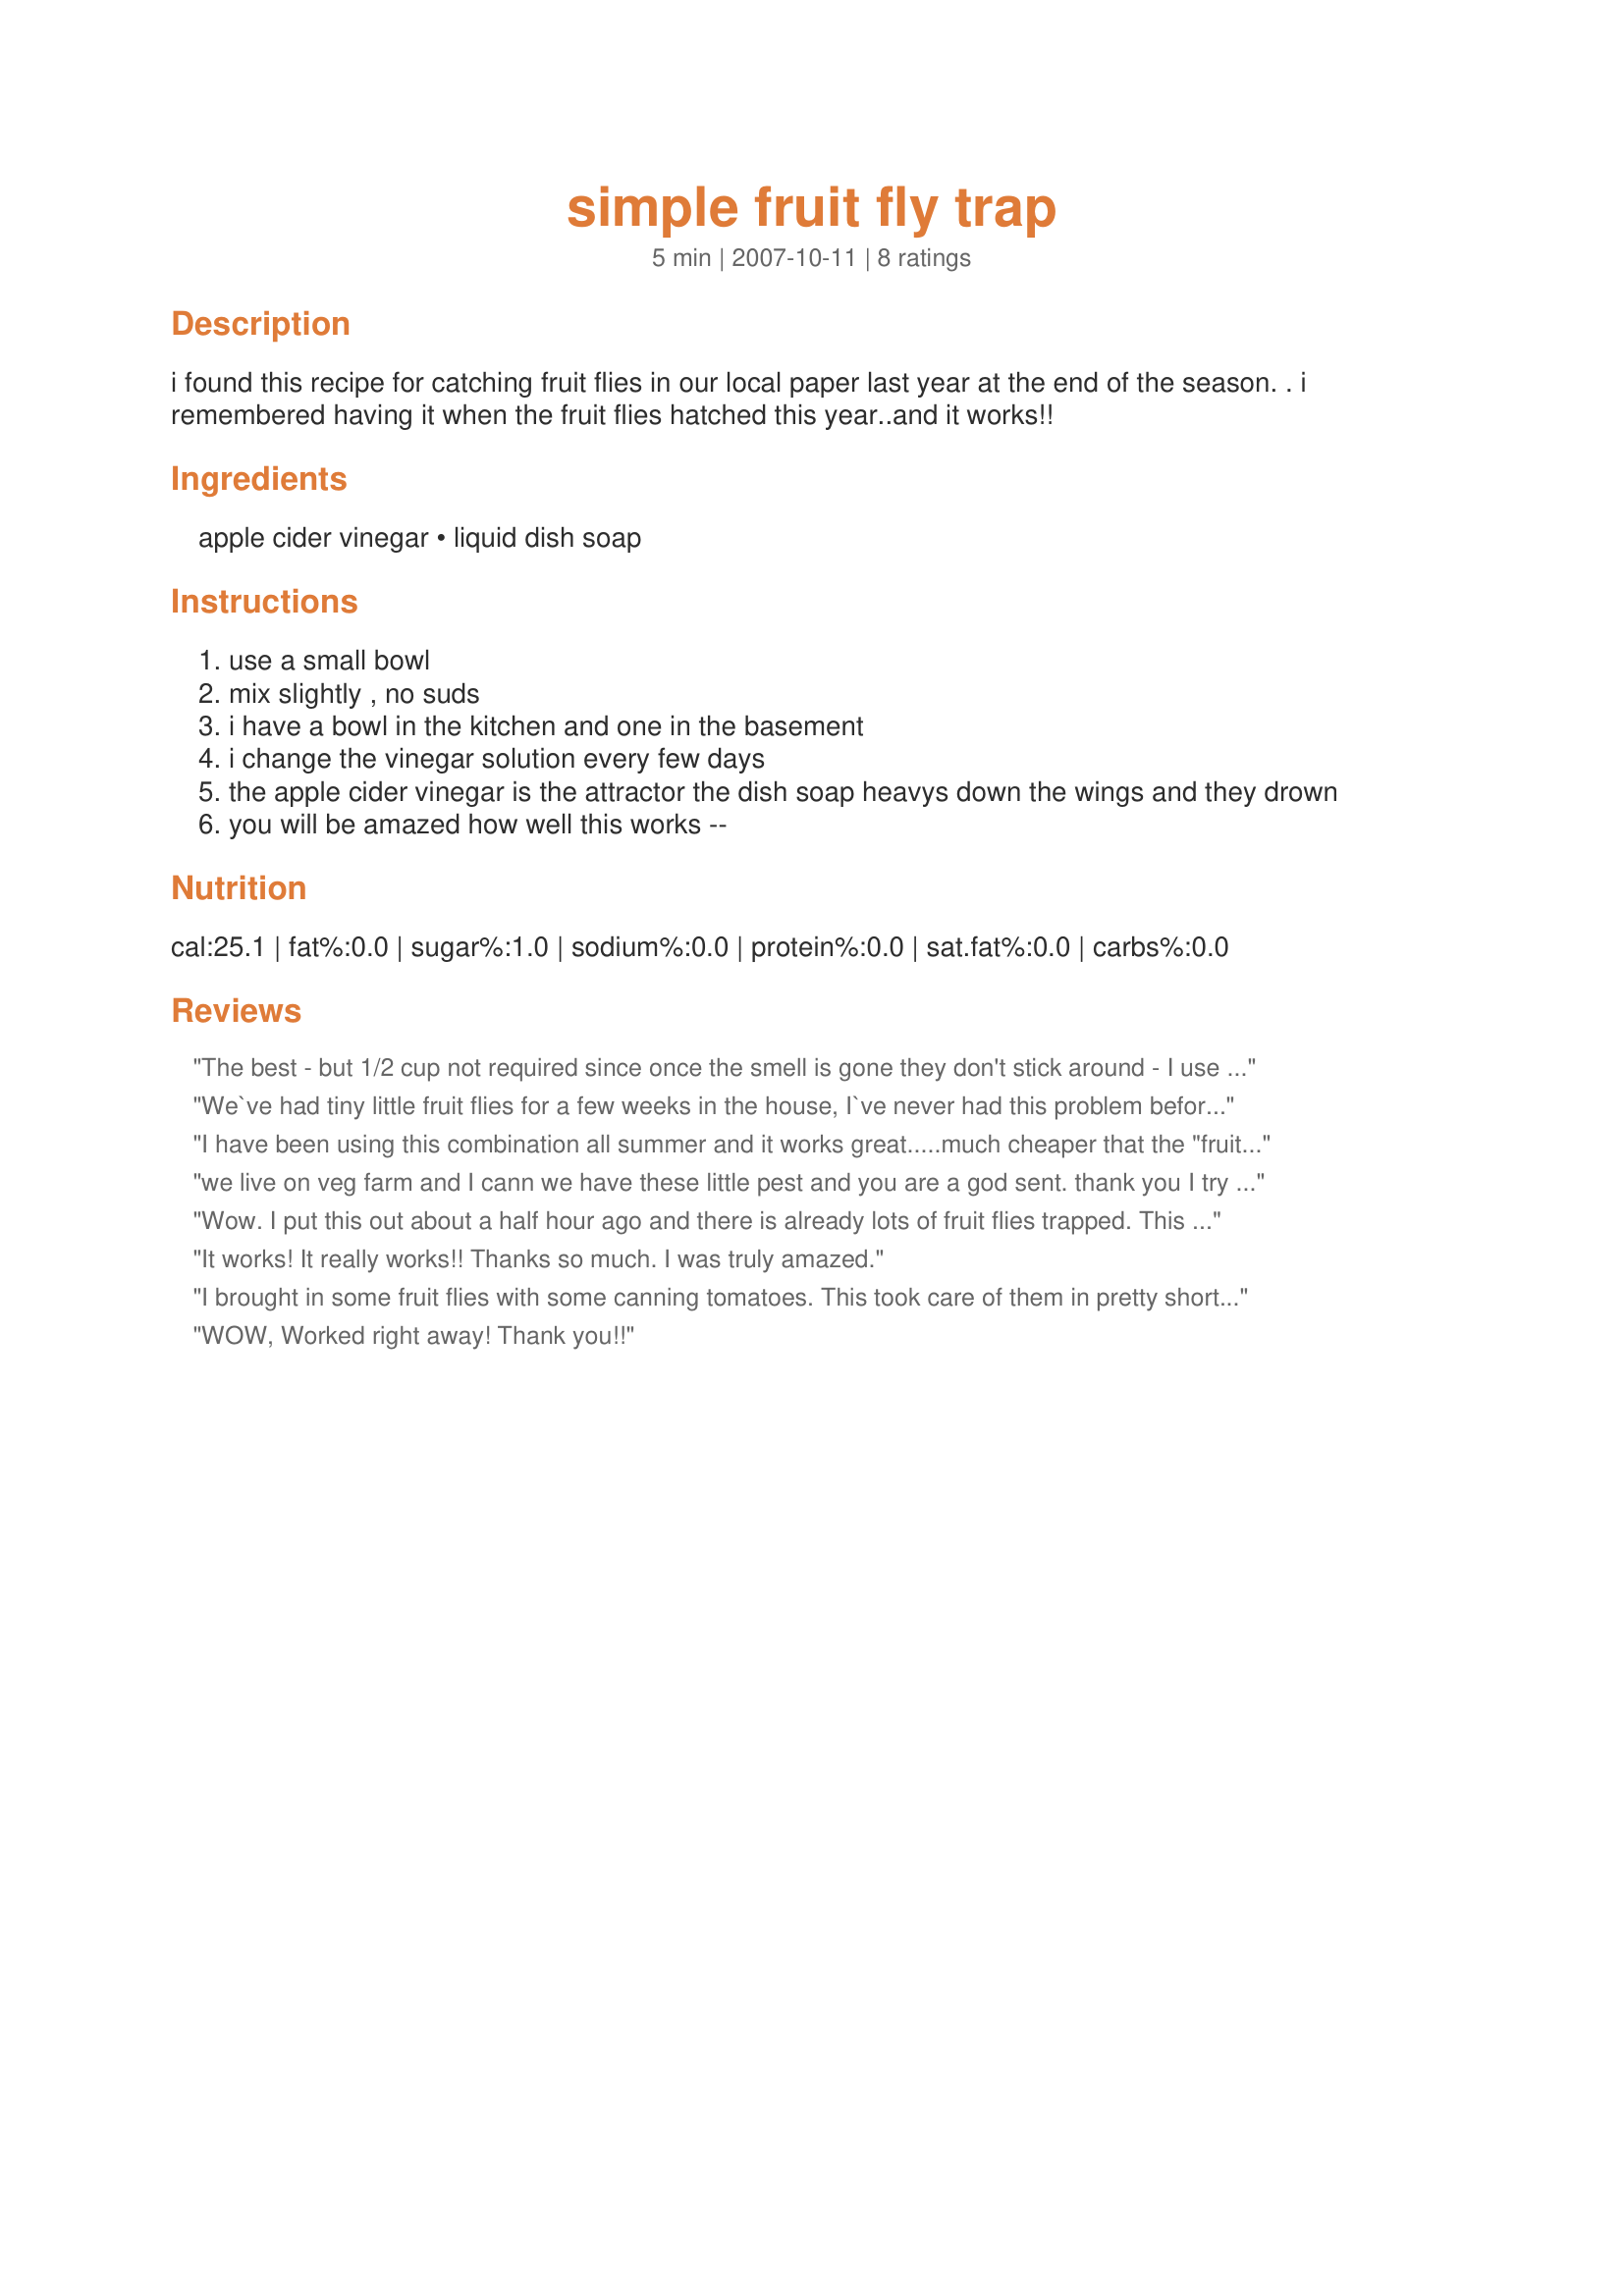
simple fruit fly trap
Preparation time: 5 minutes

i found this recipe for catching fruit flies in our local paper last year at the end of the season. . i remembered having it when the fruit flies hatched this year..and it works!!

Ingredients:
apple cider vinegar, liquid dish soap

Steps:
use a small bowl
mix slightly , no suds
i have a bowl in the kitchen and one in the basement
i change the vinegar solution every few days
the apple cider vinegar is the attractor the dish soap heavys down the wings and they drown
you will be amazed how well this works --

Reviews:
The best - but 1/2 cup not required since once the smell is gone they don't stick around - I use a water bottle with a paper cone inserted almost touching the liquid - once they're inside they aint' leavin - I am amazed at the amount of fruit flies that gets collected. Place a few bottles of these around everywhere tucked in behind books, plants and you will be amazed.
We`ve had tiny little fruit flies for a few weeks in the house, I`ve never had this problem before, I was worried about them killing a couple of my plants that they seemed to favor. I came across this recipe while I was looking at new recipes and thought, I`ve got to try this. It works!! I`m going in all the time to count how many are in the bowl Ha! Thanks so much for posting this recipe.
I have been using this combination all summer and it works great.....much cheaper that the "fruit fly traps" I was purchasing......
we live on veg farm and I cann we have these little pest and you are a god sent. thank you I try this tonight and they are just drawed to this stuff
Wow. I put this out about a half hour ago and there is already lots of fruit flies trapped. This is so easy and effective. Thanks for the easy solution.
It works! It really works!! Thanks so much. I was truly amazed.
I brought in some fruit flies with some canning tomatoes. This took care of them in pretty short order. I would strongly recommend this mixture.
WOW, Worked right away! Thank you!!
